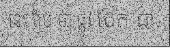
នេះ ប្រែ ថា ផ្លូវ បែក ជា